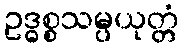
ဥဒ္ဓစ္စသမ္ပယုတ္တံ